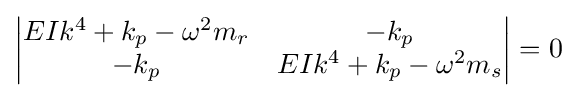
{\begin{vmatrix}EIk^{4}+k_{p}-\omega ^{2}m_{r}&-k_{p}\\-k_{p}&EIk^{4}+k_{p}-\omega ^{2}m_{s}\end{vmatrix}}=0